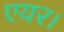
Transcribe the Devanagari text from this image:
एयर।